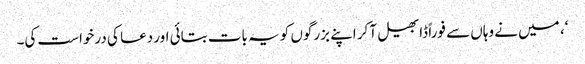
‘، میں نے وہاں سے فوراً ڈابھیل آکر اپنے بزرگوں کو یہ بات بتائی اور دعا کی درخواست کی۔